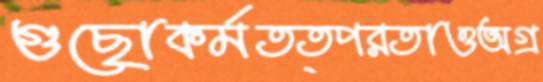
গুছোকর্মতত্পরতাওঅগ্র